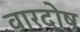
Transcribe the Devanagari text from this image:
वारदोष